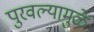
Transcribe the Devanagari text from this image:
पुरवल्यामुळे